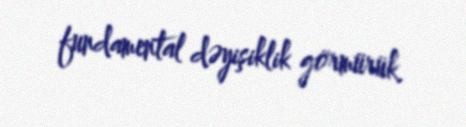
fundamental dəyişiklik görmürük.